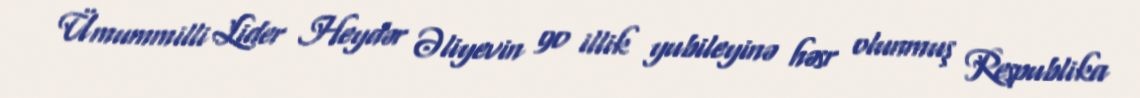
Ümummilli Lider Heydər Əliyevin 90 illik yubileyinə həsr olunmuş Respublika